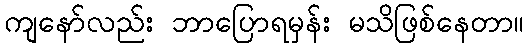
ကျနော်လည်း ဘာပြောရမှန်း မသိဖြစ်နေတာ။